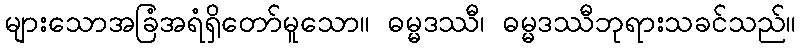
များသောအခြံအရံရှိတော်မူသော။ ဓမ္မဒဿီ၊ ဓမ္မဒဿီဘုရားသခင်သည်။